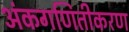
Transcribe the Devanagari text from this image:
अंकगणितीकरण